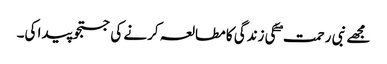
مجھے نبی رحمت ۖ کی زندگی کا مطالعہ کرنے کی جستجو پیدا کی۔